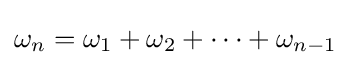
\omega _{n}=\omega _{1}+\omega _{2}+\cdots +\omega _{n-1}